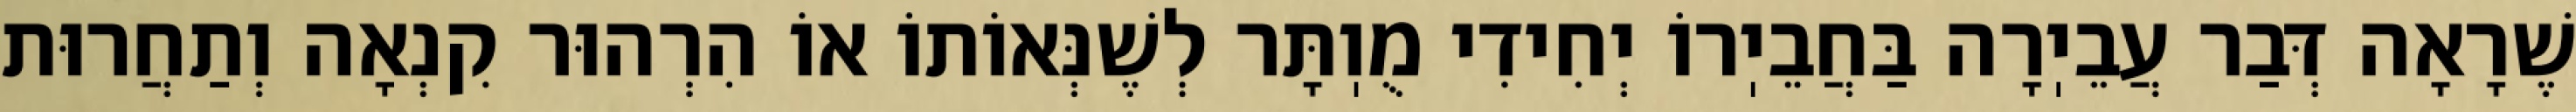
שֶׁרָאָה דְּבַר עֲבֵיֽרָה בַּחֲבֵיֽרוֹ יְחִידִי מֻוֽתָּר לְשֶׁנְּאוֹתוֹ אוֹ הִרְהוּר קִנְאָה וְתַחֲרוּת